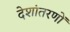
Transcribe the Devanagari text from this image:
देशांतरणों